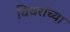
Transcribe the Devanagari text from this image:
विवरांच्या